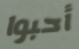
أحبوا